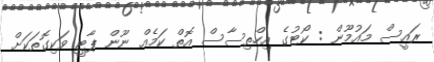
ރައީސް މައުމޫން : ކޯޓުގެ އިހްތިސާސް އޮތް ކަމެއް ނޫން ޕާޓީ ވަކިގޮތަކަށް